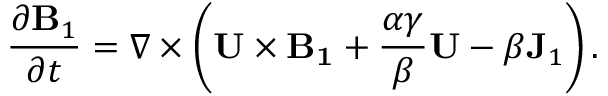
\frac { \partial { \bf { B } } _ { 1 } } { \partial t } = \nabla \times \left( { { \bf { U } \times { \bf { B } } _ { 1 } } + \frac { \alpha \gamma } { \beta } { \bf { U } } - \beta { \bf { J } } _ { 1 } } \right) .